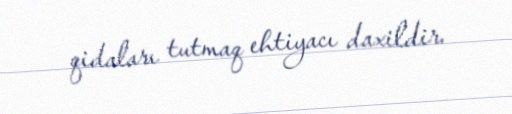
qidaları tutmaq ehtiyacı daxildir.